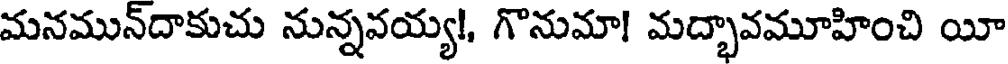
మనమున్దాకుచు నున్నవయ్య!, గొనుమా! మద్భావమూహించి యీ